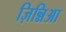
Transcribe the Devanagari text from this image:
ज़िन्निआ